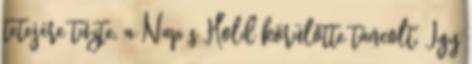
tetejére tűzte, a Nap s Hold körülötte táncolt. Így